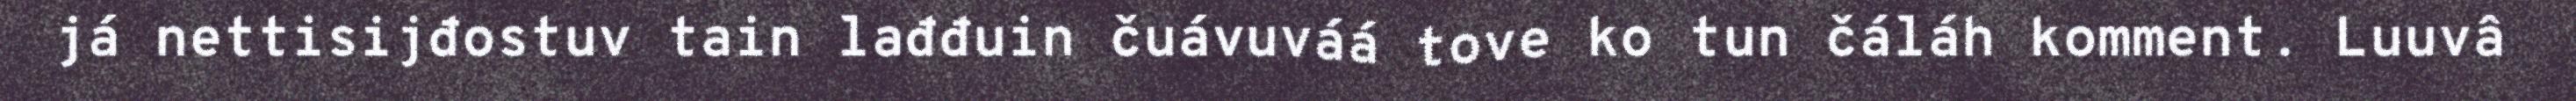
já nettisijđostuv tain lađđuin čuávuváá tove ko tun čáláh komment. Luuvâ